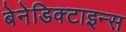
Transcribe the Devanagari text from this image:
बेनेडिक्टाइन्स